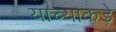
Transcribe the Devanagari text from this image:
याच्याकड़े